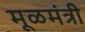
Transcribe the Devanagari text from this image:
मूळमंत्री